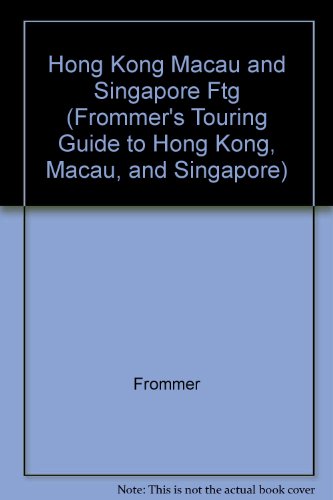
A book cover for Frommers Touring Guides Hong Kong Singa (Frommer's Touring Guide to Hong Kong, Macau, and Singapore); Frommers; Travel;